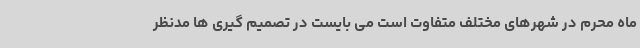
ماه محرم در شهرهای مختلف متفاوت است می بایست در تصمیم گیری ها مدنظر